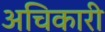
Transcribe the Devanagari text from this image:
अचिकारी